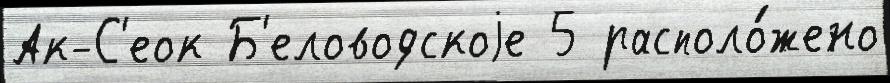
Ак-С'еок Б'еловодскоjе 5 располо́жено